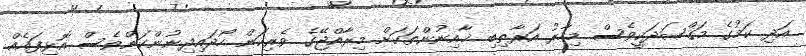
އަދި ކަމުގެ މަޤްޞަދަކީވެސް މިހާރު އަރާތިބި ޚާއިނުންތަކަށް މިރާއްޖޭގެ ވެރިކަން ހޯދައިދިނުންކަންވެސް އޮޅިފައެއް